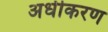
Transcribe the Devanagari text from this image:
अधीकरण